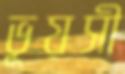
ভূয়সী